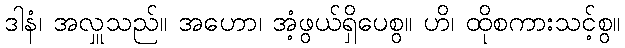
ဒါနံ၊ အလှူသည်။ အဟော၊ အံ့ဖွယ်ရှိပေစွ။ ဟိ၊ ထိုစကားသင့်စွ။